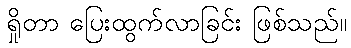
ရှိုတာ ပြေးထွက်လာခြင်း ဖြစ်သည်။